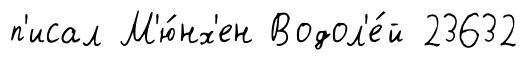
п'исал М'ю́нх'ен Водол'е́й 23632